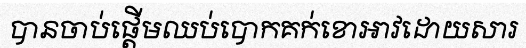
បានចាប់ផ្តើមឈប់បោកគក់ខោអាវដោយសារ